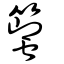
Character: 蠞